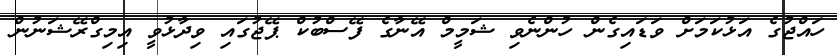
ހައްޖުގެ އަޅުކަމަށް ވަޑައިގެން ހުންނެވި ޝަމީމް އޭނާގެ ފޭސްބުކް ޕޭޖުގައި ވިދާޅުވީ އިމިގްރޭޝަނުން